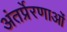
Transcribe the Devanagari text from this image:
अंतर्प्रेरणाओं